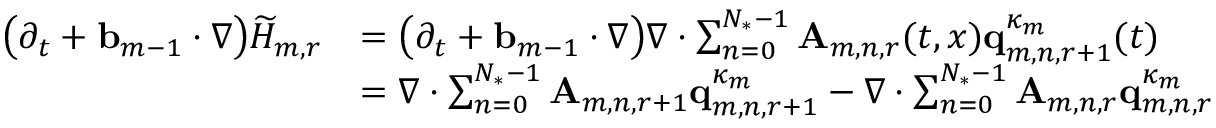
\begin{array} { r l } { \bigl ( \partial _ { t } + \ensuremath { \mathbf { b } } _ { m - 1 } \cdot \nabla \bigr ) \widetilde { H } _ { m , r } } & { = \bigl ( \partial _ { t } + \ensuremath { \mathbf { b } } _ { m - 1 } \cdot \nabla \bigr ) \nabla \cdot \sum _ { n = 0 } ^ { N _ { * } - 1 } \mathbf { A } _ { m , n , r } ( t , x ) \mathbf { q } _ { m , n , r + 1 } ^ { \kappa _ { m } } ( t ) } \\ & { = \nabla \cdot \sum _ { n = 0 } ^ { N _ { * } - 1 } \mathbf { A } _ { m , n , r + 1 } \mathbf { q } _ { m , n , r + 1 } ^ { \kappa _ { m } } - \nabla \cdot \sum _ { n = 0 } ^ { N _ { * } - 1 } \mathbf { A } _ { m , n , r } \mathbf { q } _ { m , n , r } ^ { \kappa _ { m } } } \end{array}